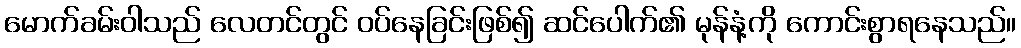
မောက်ခမ်းဝါသည် လေတင်တွင် ဝပ်နေခြင်းဖြစ်၍ ဆင်ပေါက်၏ မုန်နံ့ကို ကောင်းစွာရနေသည်။